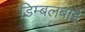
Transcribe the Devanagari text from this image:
डिम्बलबाई